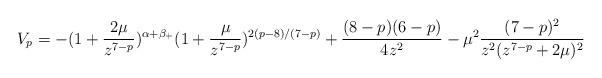
LaTeX: \begin{align*}V_p=-(1+\frac{2\mu}{z^{7-p}})^{\alpha+\beta_+}(1+\frac{\mu}{z^{7-p}})^{2(p-8)/(7-p)}+\frac{(8-p)(6-p)}{4z^2}- \mu^2\frac{ (7-p)^2}{z^2(z^{7-p}+2\mu)^2}\end{align*}